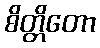
စိတ္တိတော